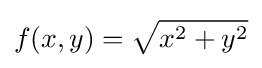
f(x,y)={\sqrt {x^{2}+y^{2}}}